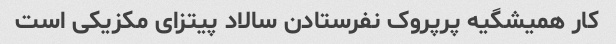
کار همیشگیه پرپروک نفرستادن سالاد پیتزای مکزیکی است